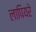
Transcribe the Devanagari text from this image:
लापियरे